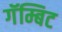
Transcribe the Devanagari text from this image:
गॅम्बिट